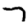
Digit: 7